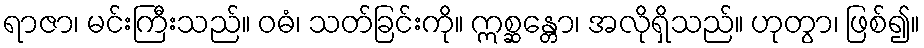
ရာဇာ၊ မင်းကြီးသည်။ ဝဓံ၊ သတ်ခြင်းကို။ ဣစ္ဆန္တော၊ အလိုရှိသည်။ ဟုတွာ၊ ဖြစ်၍။